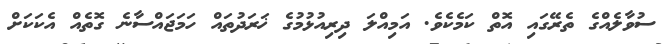
ސުވާލެއްގެ ތެރޭގައި އޮތް ކަމެކެވެ. އަމިއްލަ ދިރިއުޅުމުގެ ޚަރަދުތައް ހަމަޖައްސާނެ ގޮތެއް އެކަކަށް